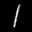
Label: 1